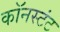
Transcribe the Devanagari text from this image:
कॉनस्टंट